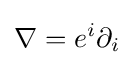
\nabla =e^{i}\partial _{i}